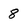
Character: 8